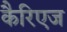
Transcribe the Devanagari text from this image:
कैरिएज